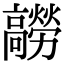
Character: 髝